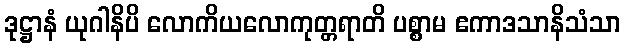
ဒုဋ္ဌာနံ ယုဂါနိပိ လောကိယလောကုတ္တရာတိ ပစ္စာမ ဧကာဒသာနိသံသာ